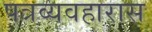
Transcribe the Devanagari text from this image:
पत्रव्यवहारास